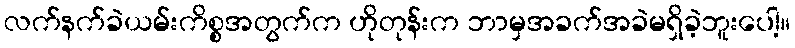
လက်နက်ခဲယမ်းကိစ္စအတွက်က ဟိုတုန်းက ဘာမှအခက်အခဲမရှိခဲ့ဘူးပေါ့။